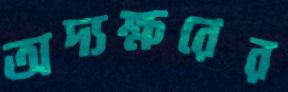
অদ্যক্ষরের